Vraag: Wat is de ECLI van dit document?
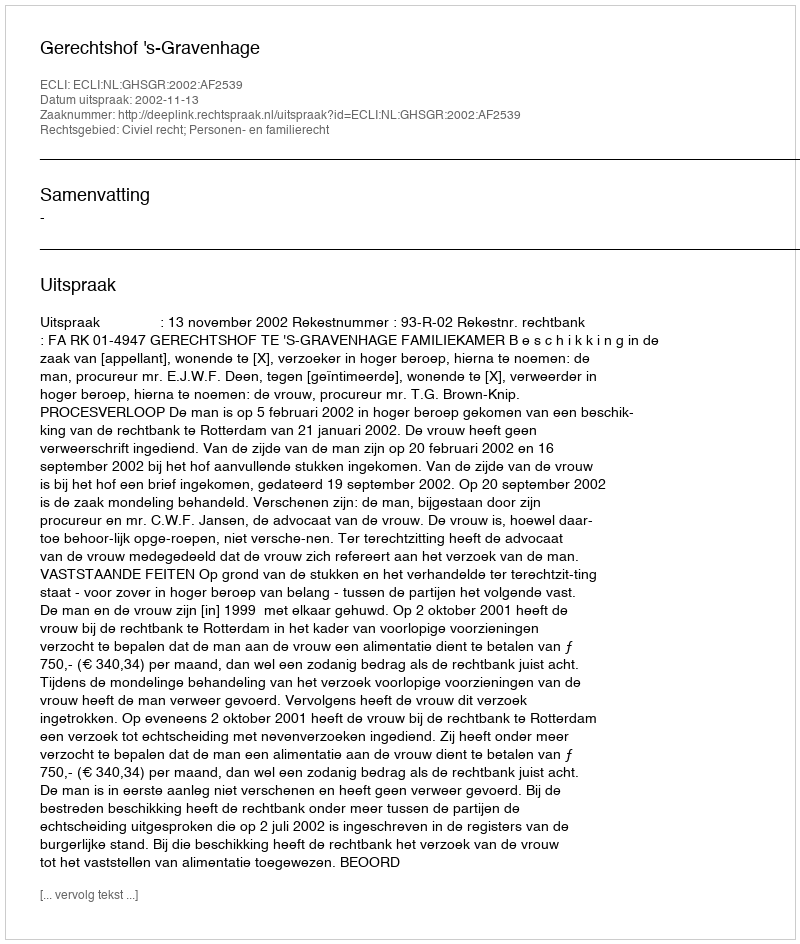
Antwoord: ECLI:NL:GHSGR:2002:AF2539